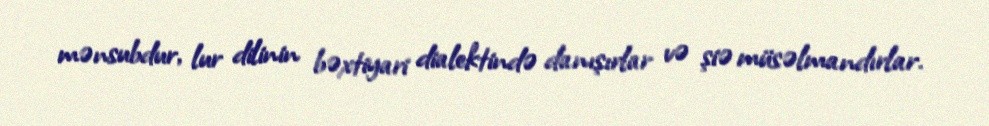
mənsubdur, lur dilinin bəxtiyari dialektində danışırlar və şiə müsəlmandırlar.